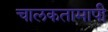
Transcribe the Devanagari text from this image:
चालकतामापी